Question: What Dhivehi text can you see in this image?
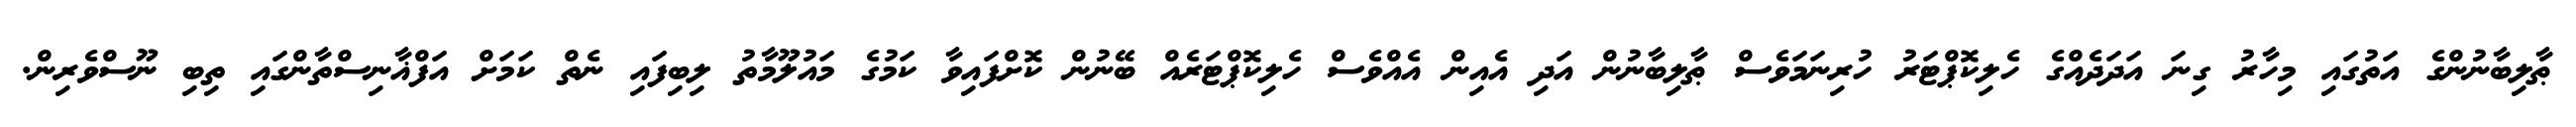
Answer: ޠާލިބާނުންގެ އަތުގައި މިހާރު ގިނަ އަދަދެއްގެ ހެލިކޮޕްޓަރު ހުރިނަމަވެސް ޠާލިބާނުން އަދި އެއިން އެއްވެސް ހެލިކޮޕްޓަރެއް ބޭނުން ކޮށްފައިވާ ކަމުގެ މައުލޫމާތު ލިބިފައި ނެތް ކަމަށް އަފްޣާނިސްތާންގައި ތިބި ނޫސްވެރިން.